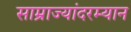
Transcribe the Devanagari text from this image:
साम्राज्यांदरम्यान